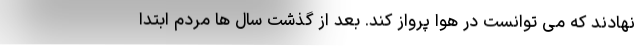
نهادند که می توانست در هوا پرواز کند. بعد از گذشت سال ها مردم ابتدا